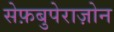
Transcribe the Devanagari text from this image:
सेफ़बुपेराज़ोन